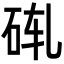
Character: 𬒄